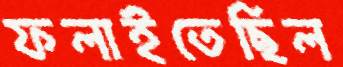
ফলাইতেছিল